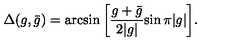
\Delta ( g , \bar { g } ) = \arcsin { \left[ { \frac { g + \bar { g } } { 2 | g | } } { \sin { \pi | g | } } \right] } .